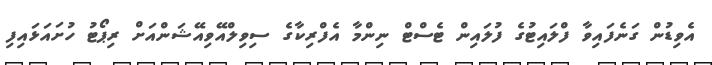
އެވިޑުން ގަނެފައިވާ ފްލައިޓުގެ ފުލައިން ޓެސްޓް ނިންމާ އެފްރިކާގެ ސިވިލްއޭވިއޭޝަންއަށް ރިޕޯޓު ހުށައަޅައިފި